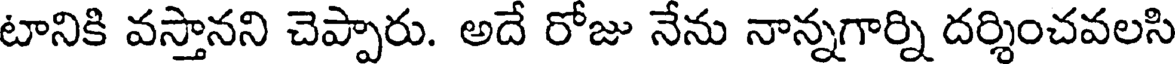
టానికి వస్తానని చెప్పారు. అదే రోజు నేను నాన్నగార్ని దర్శించవలసి